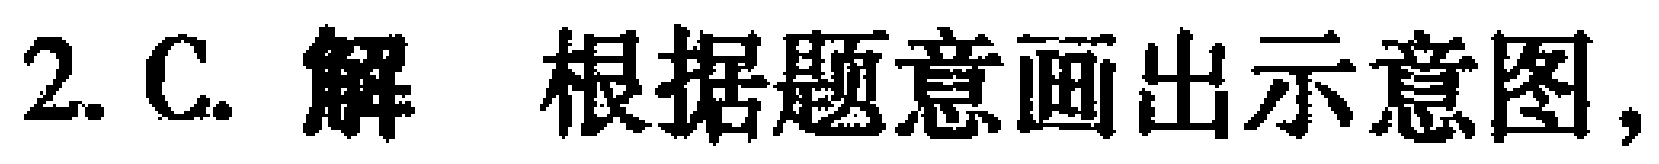
2. C. 解 根据题意画出示意图，